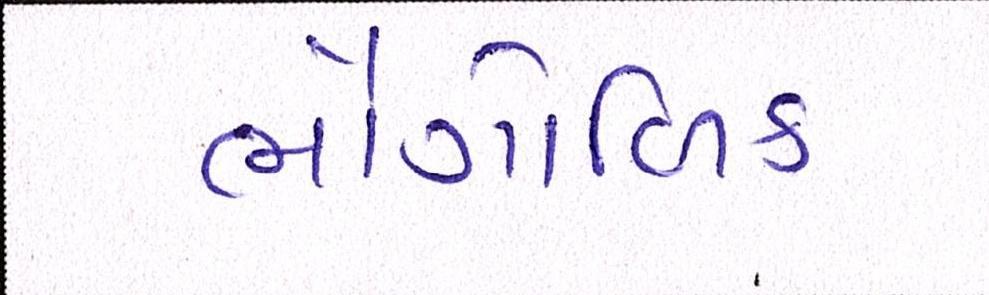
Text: ભૌગોળિક